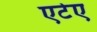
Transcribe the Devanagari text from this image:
एटेए